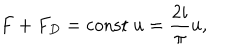
F + F _ { D } = \mathrm { c o n s t } \ u = \frac { 2 i } { \pi } u ,